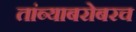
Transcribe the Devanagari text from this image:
तांब्याबरोबरच